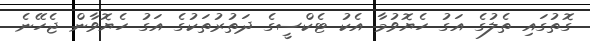
ގޮތުގައި ތެލުގެ އަގު ހެޔޮވުމާ އެކު ޓެކްސީގެ ދަތުރުތަކުގެ އަގު ހެޔޮވާން ޖެހޭނެ